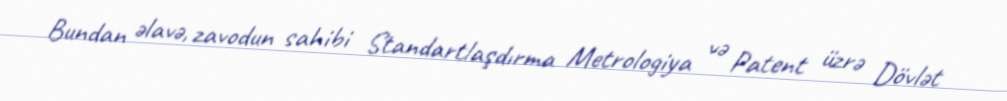
Bundan əlavə, zavodun sahibi Standartlaşdırma Metrologiya və Patent üzrə Dövlət